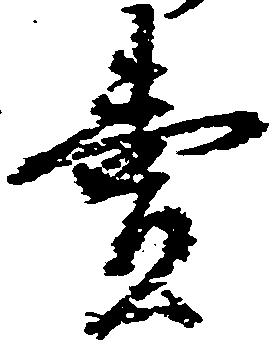
売